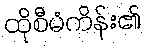
ထိုစီမံကိန်း၏